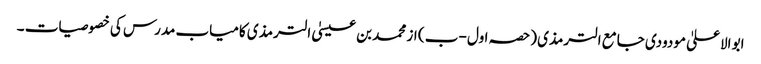
ابو الاعلیٰ مودودی جامع الترمذی (حصہ اول -ب ) از محمد بن عیسیٰ الترمذی کامیاب مدرس کی خصوصیات ۔